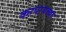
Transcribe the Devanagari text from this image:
कापायच्या